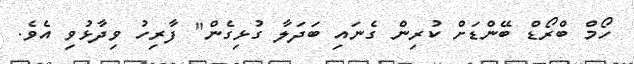
ހޯމް ބްރޯޑް ބޭންޑަށް ކުރިން ގެނައި ބަދަލާ ގުޅިގެން" ފާރިހު ވިދާޅުވި އެވެ.